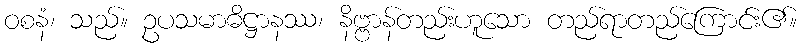
ဝစနံ၊ သည်။ ဥပသမာဓိဋ္ဌာနဿ၊ နိဗ္ဗာန်တည်းဟူသော တည်ရာတည်ကြောင်း၏။